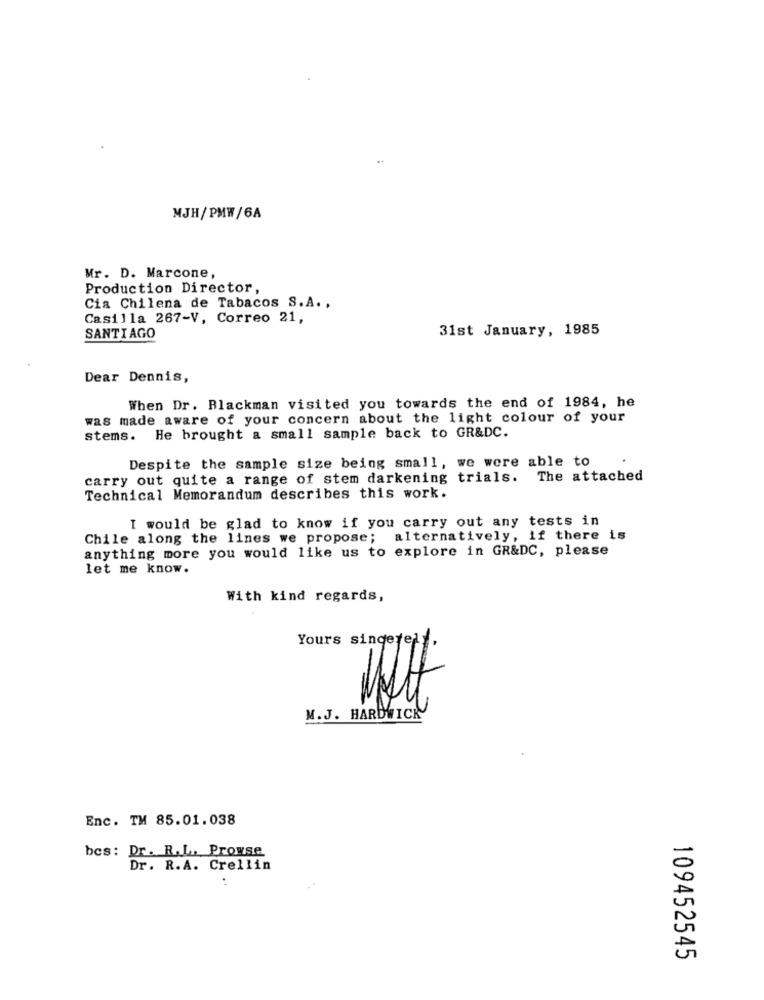
MJH/PMW/6A
Mr. D. Marcone,
Production Director,
Cia Chilena de Tabacos S.A .,
Casilla 267-V, Correo 21,
31st January, 1985
SANTIAGO
Dear Dennis,
When Dr. Blackman visited you towards the end of 1984, he
was made aware of your concern about the light colour of your
stems. He brought a small sample back to GR&DC.
Despite the sample size being small, we were able to
carry out quite a range of stem darkening trials.
The attached
Technical Memorandum describes this work.
I would be glad to know if you carry out any tests in
Chile along the lines we propose; alternatively, if there is
anything more you would like us to explore in GR&DC, please
let me know.
With kind regards,
Yours singetel
M.J. HARDWICK
Enc. TM 85.01.038
bcs: Dr. R.L. Prowse
Dr. R.A. Crellin
109452545